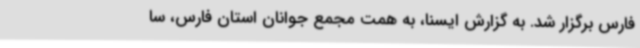
فارس برگزار شد. به گزارش ایسنا، به همت مجمع جوانان استان فارس، سا